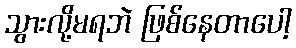
သွားလို့မရဘဲ ဖြစ်နေတာပေါ့